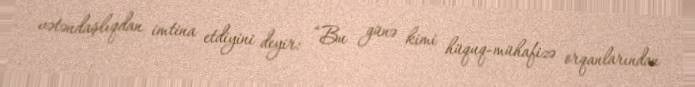
vətəndaşlıqdan imtina etdiyini deyir: “Bu günə kimi hüquq-mühafizə orqanlarından